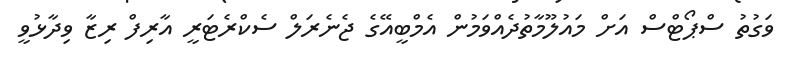
ވަގުތު ސްޕޯޓްސް އަށް މައުލޫމާތުދެއްވަމުން އެމްބީއޭގެ ޖެނެރަލް ސެކްރެޓަރީ އާރިފް ރިޒާ ވިދާޅުވީ